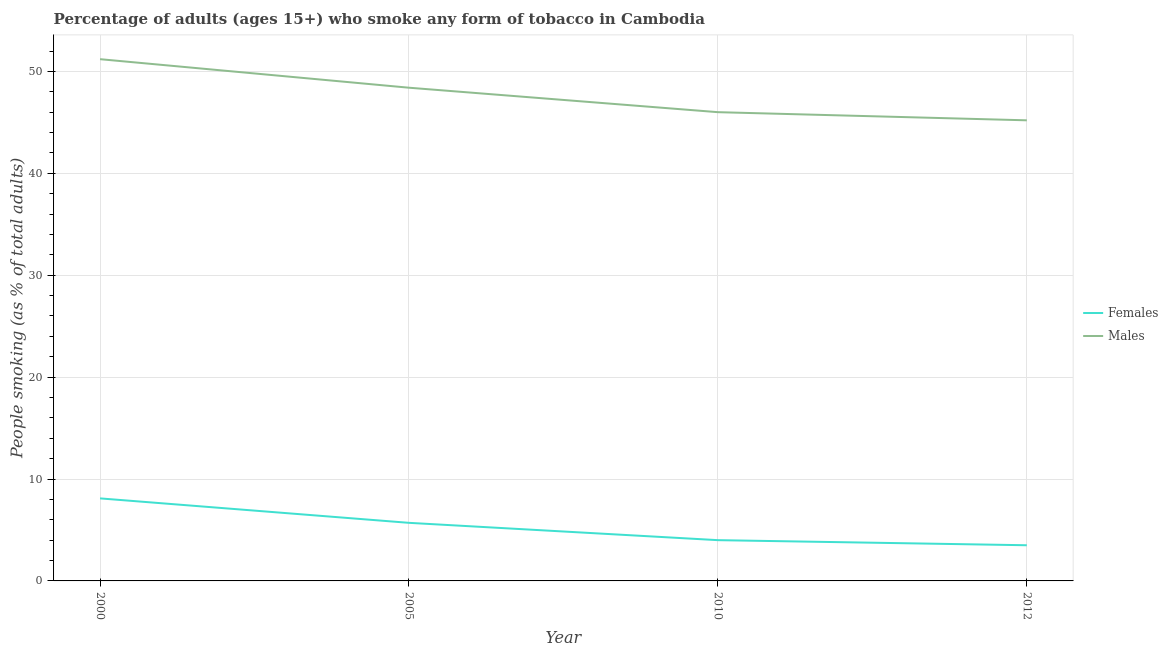
| Year | Females | Males |
 | --- | --- | --- |
 | 2000 | 8.1 | 51.2 |
 | 2005 | 5.7 | 48.4 |
 | 2010 | 4 | 46 |
 | 2012 | 3.5 | 45.2 |